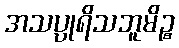
အသပ္ပုရိသဘူမိဉ္စ